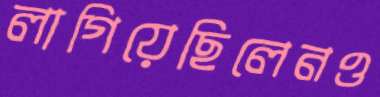
লাগিয়েছিলেনও